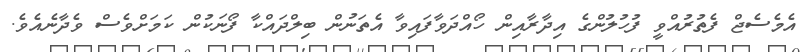
އެމެސެޖް ފެތުރުއްވީ ފުހުލުންގެ އިދާރާއިން ހޯއްދަވާފައިވާ އެތަނުން ބިލްދައްކާ ފޯނަކުން ކަމަށްވެސް ވެދާނެއެވެ.